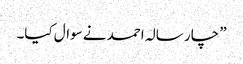
” چار سالہ احمد نے سوال کیا۔